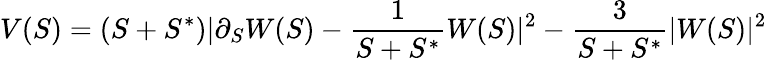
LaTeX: V(S)=(S+S^{*})|\partial_{S}W(S)-\frac{1}{S+S^{*}}W(S)|^{2}-\frac{3}{S+S^{*}}|W(S)|^{2}